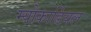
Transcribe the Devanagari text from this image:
म्योकार्डियल